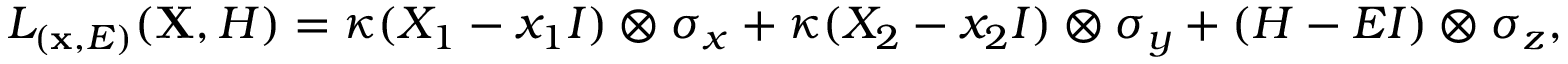
{ L } _ { ( \mathbf { x } , E ) } ( \mathbf { X } , { H } ) = \kappa ( { X } _ { 1 } - x _ { 1 } { I } ) \otimes { \sigma } _ { x } + \kappa ( { X } _ { 2 } - x _ { 2 } { I } ) \otimes { \sigma } _ { y } + ( { H } - E { I } ) \otimes { \sigma } _ { z } ,